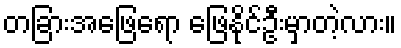
တခြားအဖြေရော ဖြေနိုင်ဦးမှာတဲ့လား။